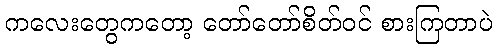
ကလေးတွေကတော့ တော်တော်စိတ်ဝင် စားကြတာပဲ